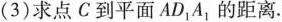
(3)求点C到平面AD_{1}A_{1}的距离.